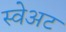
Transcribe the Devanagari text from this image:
स्वेअट